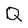
Character: Q